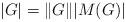
LaTeX: \begin{align*}|G|=\|G\||M(G)|\end{align*}